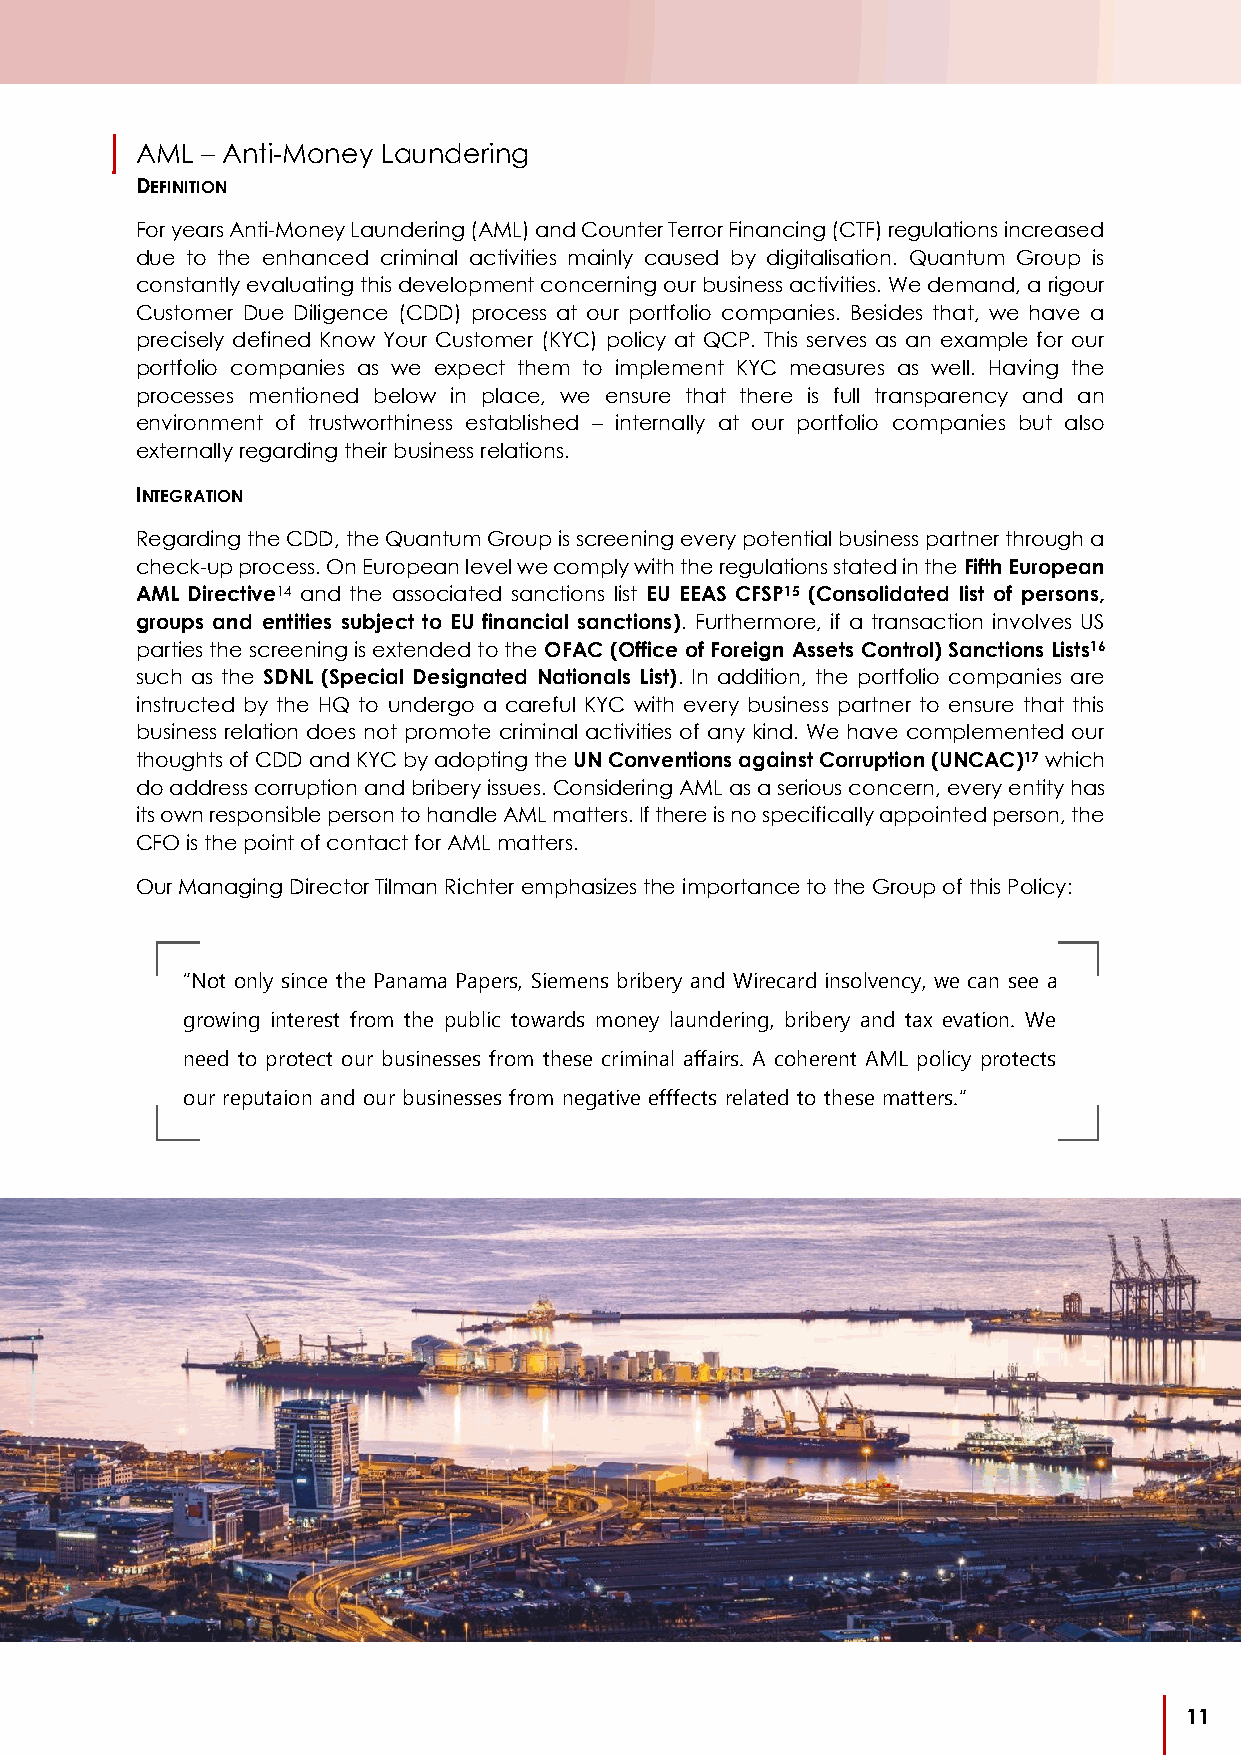
AML – Anti-Money Laundering
 DEFINITION
 For years Anti-Money Laundering (AML) and Counter Terror Financing (CTF) regulations increased
 due to the enhanced criminal activities mainly caused by digitalisation. Quantum Group is
 constantly evaluating this development concerning our business activities. We demand, a rigour
 Customer Due Diligence (CDD) process at our portfolio companies. Besides that, we have a
 precisely defined Know Your Customer (KYC) policy at QCP. This serves as an example for our
 portfolio companies as we expect them to implement KYC measures as well. Having the
 processes mentioned below in place, we ensure that there is full transparency and an
 environment of trustworthiness established – internally at our portfolio companies but also
 externally regarding their business relations.
 INTEGRATION
 Regarding the CDD, the Quantum Group is screening every potential business partner through a
 check-up process. On European level we comply with the regulations stated in the Fifth European
 AML Directive14 and the associated sanctions list EU EEAS CFSP15 (Consolidated list of persons,
 groups and entities subject to EU financial sanctions). Furthermore, if a transaction involves US
 parties the screening is extended to the OFAC (Office of Foreign Assets Control) Sanctions Lists16
 such as the SDNL (Special Designated Nationals List). In addition, the portfolio companies are
 instructed by the HQ to undergo a careful KYC with every business partner to ensure that this
 business relation does not promote criminal activities of any kind. We have complemented our
 thoughts of CDD and KYC by adopting the UN Conventions against Corruption (UNCAC)17 which
 do address corruption and bribery issues. Considering AML as a serious concern, every entity has
 its own responsible person to handle AML matters. If there is no specifically appointed person, the
 CFO is the point of contact for AML matters.
 Our Managing Director Tilman Richter emphasizes the importance to the Group of this Policy:
 “Not only since the Panama Papers, Siemens bribery and Wirecard insolvency, we can see a
 growing interest from the public towards money laundering, bribery and tax evation. We
 need to protect our businesses from these criminal affairs. A coherent AML policy protects
 our reputaion and our businesses from negative efffects related to these matters.”
 11